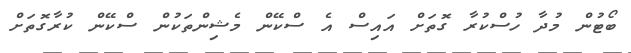
ބޯޓުން މުދާ ހުސްކުރާ ގޮތަށް އައިސް އެ ސްކޭން މެޝިންތަކުން ސްކޭން ކުރާގޮތަށް